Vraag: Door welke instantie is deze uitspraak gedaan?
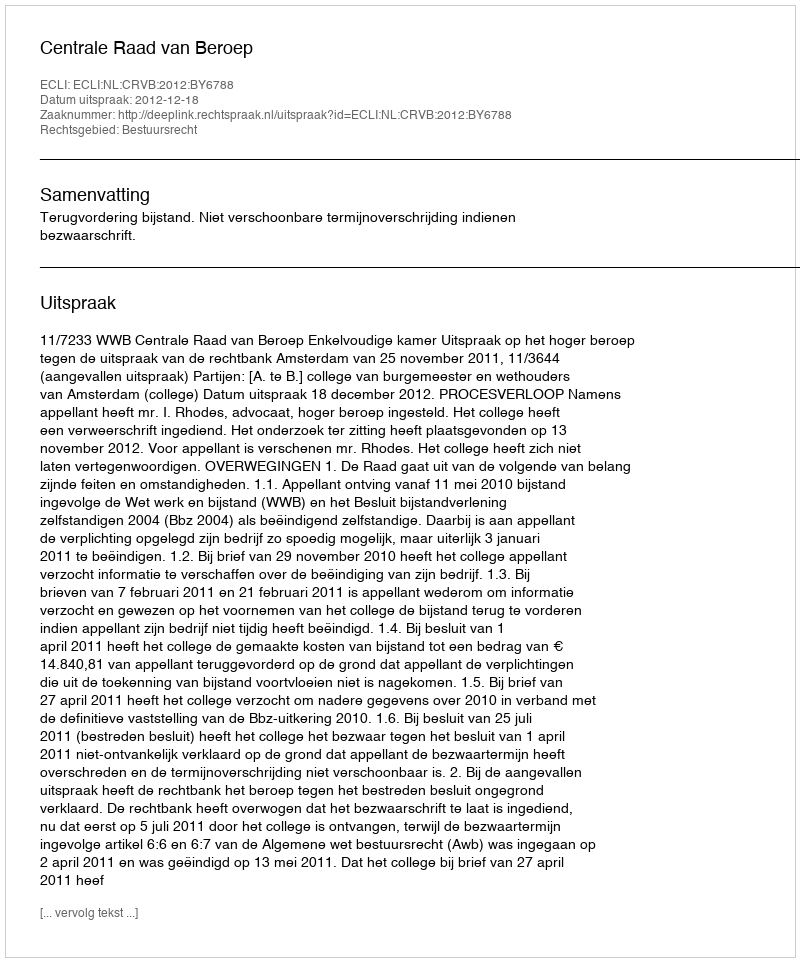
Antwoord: Centrale Raad van Beroep